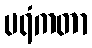
ပရံကတာ